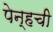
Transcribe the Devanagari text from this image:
पेन्हची